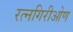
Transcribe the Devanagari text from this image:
रत्नगिरीओण